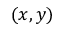
( x , y )